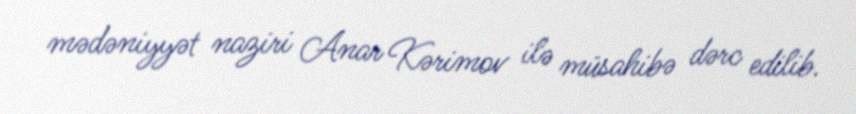
mədəniyyət naziri Anar Kərimov ilə müsahibə dərc edilib.